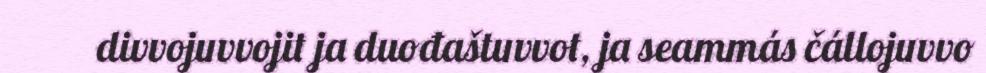
divvojuvvojit ja duođaštuvvot, ja seammás čállojuvvo